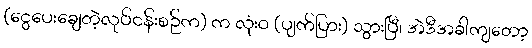
(ငွေပေးချေတဲ့လုပ်ငန်းစဉ်က) က လုံးဝ (ပျက်ပြား) သွားပြီ၊ အဲဒီအခါကျတော့